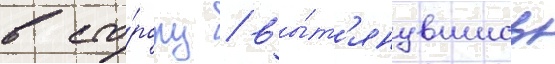
в сто́рону / вы́т'янувшись